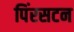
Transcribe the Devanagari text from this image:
पिंरसटन